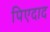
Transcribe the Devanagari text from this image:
पिएदाद